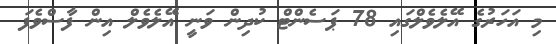
މި އަހަރުގެ އޭލެވެލްގައި 78 ޕަސެންޓް ކުދިން ވަނީ އޭލެވެލް އިން ފާސްވެފަ